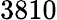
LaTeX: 3810